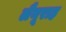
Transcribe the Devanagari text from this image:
लैनूराह